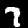
Digit: 7